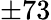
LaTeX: \pm 73